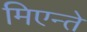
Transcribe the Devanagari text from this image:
मिएन्ते